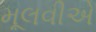
મૂલવીએ